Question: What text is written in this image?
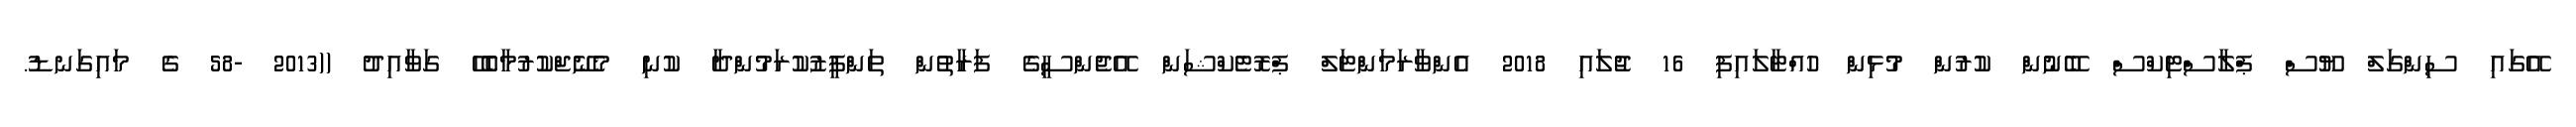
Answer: އޭގައި ސިންގަލް ޔޫސް ޕްލާސްޓިކްސް ބޭނުން ކުރުން މުޅިން ހުއްޓާލައިފި 16 ޖުލައި 2018 އެންވާރަމަންޓަލް ޕްރޮޓެކްޝަން އޭޖެންސީގެ ފަރާތުން ތަންފީޒުކުރަމުންދާ ކުނި މެނޭޖްކުރުމާބެހޭ ގަވާއިދު ((2013 -58 ގެ މައިގަނޑު.